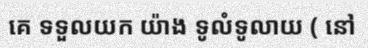
គេ ទទួលយក យ៉ាង ទូលំទូលាយ ( នៅ